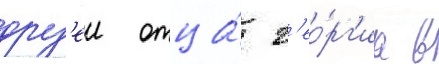
друз'еи отца́ г'ео́рг'иа в